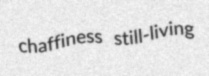
chaffiness still-living